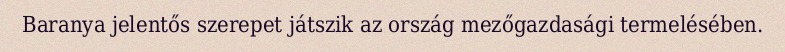
Baranya jelentős szerepet játszik az ország mezőgazdasági termelésében.